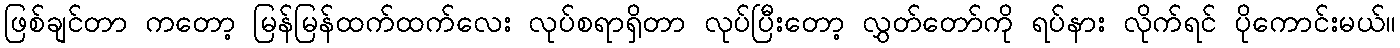
ဖြစ်ချင်တာ ကတော့ မြန်မြန်ထက်ထက်လေး လုပ်စရာရှိတာ လုပ်ပြီးတော့ လွှတ်တော်ကို ရပ်နား လိုက်ရင် ပိုကောင်းမယ်။